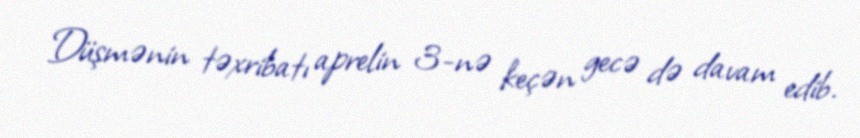
Düşmənin təxribatı aprelin 3-nə keçən gecə də davam edib.